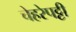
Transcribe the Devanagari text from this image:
चेहरेपट्टी